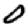
Digit: 0